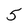
Character: 5